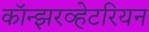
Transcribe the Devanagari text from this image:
कॉन्झरव्हेटरियन